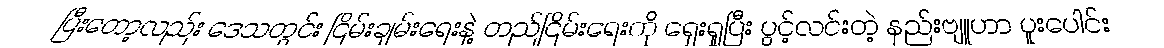
ပြီးတော့လည်း ဒေသတွင်း ငြိမ်းချမ်းရေးနဲ့ တည်ငြိမ်းရေးကို ရှေးရှုပြီး ပွင့်လင်းတဲ့ နည်းဗျူဟာ ပူးပေါင်း